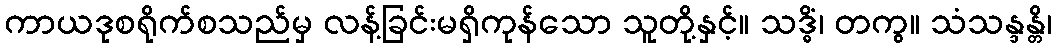
ကာယဒုစရိုက်စသည်မှ လန့်ခြင်းမရှိကုန်သော သူတို့နှင့်။ သဒ္ဓိံ၊ တကွ။ သံသန္ဒန္တိ၊